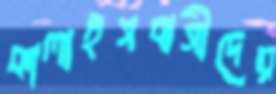
কালাইসবাসীদের